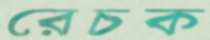
রেচক